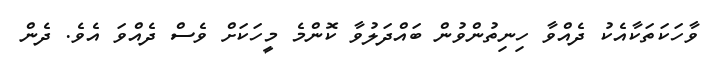
ވާހަކަތަކާއެކު ދެއްވާ ހިނިތުންވުން ބައްދަލުވާ ކޮންމެ މީހަކަށް ވެސް ދެއްވަ އެވެ. ދެން